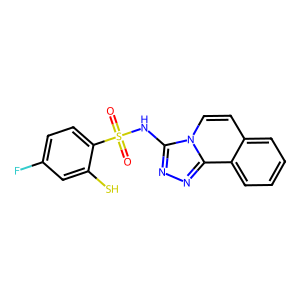
SMILES: O=S(=O)(Nc1nnc2c3ccccc3ccn12)c1ccc(F)cc1S
Inhibits HIV replication: Yes